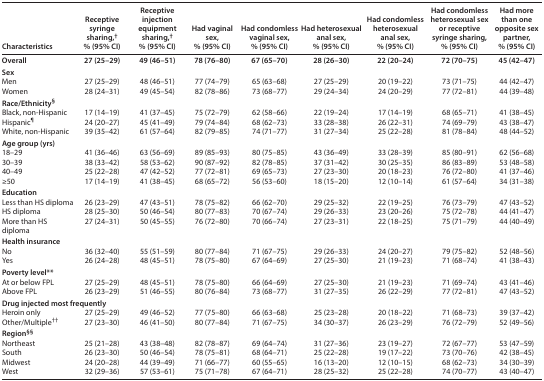
<table><thead><tr><td><b>Characteristics</b></td><td><b>Receptive syringe sharing,<sup>†</sup> % (95% CI)</b></td><td><b>Receptive injection equipment sharing,<sup>†</sup> % (95% CI)</b></td><td><b>Had vaginal sex, % (95% CI)</b></td><td><b>Had condomless vaginal sex, % (95% CI)</b></td><td><b>Had heterosexual anal sex, % (95% CI)</b></td><td><b>Had condomless heterosexual anal sex, % (95% CI)</b></td><td><b>Had condomless heterosexual sex or receptive syringe sharing, % (95% CI)</b></td><td><b>Had more than one opposite sex partner, % (95% CI)</b></td></tr></thead><tbody><tr><td><b>Overall</b></td><td><b>27 (25–29)</b></td><td><b>49 (46–51)</b></td><td><b>78 (76–80)</b></td><td><b>67 (65–70)</b></td><td><b>28 (26–30)</b></td><td><b>22 (20–24)</b></td><td><b>72 (70–75)</b></td><td><b>45 (42–47)</b></td></tr><tr><td colspan="9"><b>Sex</b></td></tr><tr><td>Men</td><td>27 (25–29)</td><td>48 (46–51)</td><td>77 (74–79)</td><td>65 (63–68)</td><td>27 (25–29)</td><td>20 (19–22)</td><td>73 (71–75)</td><td>44 (42–47)</td></tr><tr><td>Women</td><td>28 (24–31)</td><td>49 (45–54)</td><td>82 (78–86)</td><td>73 (68–77)</td><td>29 (24–34)</td><td>24 (20–29)</td><td>77 (72–81)</td><td>44 (39–48)</td></tr><tr><td colspan="9"><b>Race/Ethnicity</b><sup>§</sup></td></tr><tr><td>Black, non-Hispanic</td><td>17 (14–19)</td><td>41 (37–45)</td><td>75 (72–79)</td><td>62 (58–66)</td><td>22 (19–24)</td><td>17 (14–19)</td><td>68 (65–71)</td><td>41 (38–45)</td></tr><tr><td>Hispanic<sup>¶</sup></td><td>24 (20–27)</td><td>45 (41–49)</td><td>79 (74–84)</td><td>68 (62–73)</td><td>33 (28–38)</td><td>26 (22–31)</td><td>74 (69–79)</td><td>43 (38–47)</td></tr><tr><td>White, non-Hispanic</td><td>39 (35–42)</td><td>61 (57–64)</td><td>82 (79–85)</td><td>74 (71–77)</td><td>31 (27–34)</td><td>25 (22–28)</td><td>81 (78–84)</td><td>48 (44–52)</td></tr><tr><td colspan="9"><b>Age group (yrs)</b></td></tr><tr><td>18–29</td><td>41 (36–46)</td><td>63 (56–69)</td><td>89 (85–93)</td><td>80 (75–85)</td><td>43 (36–49)</td><td>33 (28–39)</td><td>85 (80–91)</td><td>62 (56–68)</td></tr><tr><td>30–39</td><td>38 (33–42)</td><td>58 (53–62)</td><td>90 (87–92)</td><td>82 (78–85)</td><td>37 (31–42)</td><td>30 (25–35)</td><td>86 (83–89)</td><td>53 (48–58)</td></tr><tr><td>40–49</td><td>25 (22–28)</td><td>47 (42–52)</td><td>77 (72–81)</td><td>69 (65–73)</td><td>27 (23–30)</td><td>20 (18–23)</td><td>76 (72–80)</td><td>41 (37–46)</td></tr><tr><td>≥50</td><td>17 (14–19)</td><td>41 (38–45)</td><td>68 (65–72)</td><td>56 (53–60)</td><td>18 (15–20)</td><td>12 (10–14)</td><td>61 (57–64)</td><td>34 (31–38)</td></tr><tr><td colspan="9"><b>Education</b></td></tr><tr><td>Less than HS diploma</td><td>26 (23–29)</td><td>47 (43–51)</td><td>78 (75–82)</td><td>66 (62–70)</td><td>29 (25–32)</td><td>22 (19–25)</td><td>76 (73–79)</td><td>47 (43–52)</td></tr><tr><td>HS diploma</td><td>28 (25–30)</td><td>50 (46–54)</td><td>80 (77–83)</td><td>70 (67–74)</td><td>29 (26–33)</td><td>23 (20–26)</td><td>75 (72–78)</td><td>44 (41–47)</td></tr><tr><td>More than HS diploma</td><td>27 (24–31)</td><td>50 (45–55)</td><td>76 (72–80)</td><td>70 (66–74)</td><td>27 (23–31)</td><td>22 (18–25)</td><td>75 (71–79)</td><td>44 (40–49)</td></tr><tr><td colspan="9"><b>Health insurance</b></td></tr><tr><td>No</td><td>36 (32–40)</td><td>55 (51–59)</td><td>80 (77–84)</td><td>71 (67–75)</td><td>29 (26–33)</td><td>24 (20–27)</td><td>79 (75–82)</td><td>52 (48–56)</td></tr><tr><td>Yes</td><td>26 (24–28)</td><td>48 (45–51)</td><td>78 (75–80)</td><td>67 (64–69)</td><td>27 (25–30)</td><td>21 (19–23)</td><td>71 (68–74)</td><td>41 (38–43)</td></tr><tr><td colspan="9"><b>Poverty level**</b></td></tr><tr><td>At or below FPL</td><td>27 (25–29)</td><td>48 (45–51)</td><td>78 (75–80)</td><td>66 (64–69)</td><td>27 (25–30)</td><td>21 (19–23)</td><td>71 (69–74)</td><td>43 (41–46)</td></tr><tr><td>Above FPL</td><td>26 (23–29)</td><td>51 (46–55)</td><td>80 (76–84)</td><td>73 (68–77)</td><td>31 (27–35)</td><td>26 (22–29)</td><td>77 (72–81)</td><td>47 (43–52)</td></tr><tr><td colspan="9"><b>Drug injected most frequently</b></td></tr><tr><td>Heroin only</td><td>27 (25–29)</td><td>49 (46–52)</td><td>77 (75–80)</td><td>66 (63–68)</td><td>25 (23–28)</td><td>20 (18–22)</td><td>71 (68–73)</td><td>39 (37–42)</td></tr><tr><td>Other/Multiple<sup>††</sup></td><td>27 (23–30)</td><td>46 (41–50)</td><td>80 (77–84)</td><td>71 (67–75)</td><td>34 (30–37)</td><td>26 (23–29)</td><td>76 (72–79)</td><td>52 (49–56)</td></tr><tr><td colspan="9"><b>Region<sup>§§</sup></b></td></tr><tr><td>Northeast</td><td>25 (21–28)</td><td>43 (38–48)</td><td>82 (78–87)</td><td>69 (64–74)</td><td>31 (27–36)</td><td>23 (19–27)</td><td>72 (67–77)</td><td>53 (47–59)</td></tr><tr><td>South</td><td>26 (23–30)</td><td>50 (46–54)</td><td>78 (75–81)</td><td>68 (64–71)</td><td>25 (22–28)</td><td>19 (17–22)</td><td>73 (70–76)</td><td>42 (38–45)</td></tr><tr><td>Midwest</td><td>24 (20–28)</td><td>44 (39–49)</td><td>71 (66–77)</td><td>60 (55–65)</td><td>16 (13–20)</td><td>12 (10–15)</td><td>68 (62–73)</td><td>34 (30–39)</td></tr><tr><td>West</td><td>32 (29–36)</td><td>57 (53–61)</td><td>75 (71–78)</td><td>67 (64–71)</td><td>28 (25–32)</td><td>25 (22–28)</td><td>74 (70–77)</td><td>43 (40–47)</td></tr></tbody></table>